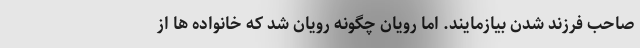
صاحب فرزند شدن بیازمایند. اما رویان چگونه رویان شد که خانواده ها از